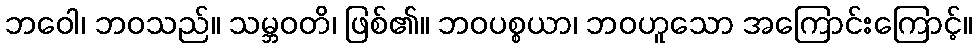
ဘဝေါ၊ ဘဝသည်။ သမ္ဘဝတိ၊ ဖြစ်၏။ ဘဝပစ္စယာ၊ ဘဝဟူသော အကြောင်းကြောင့်။